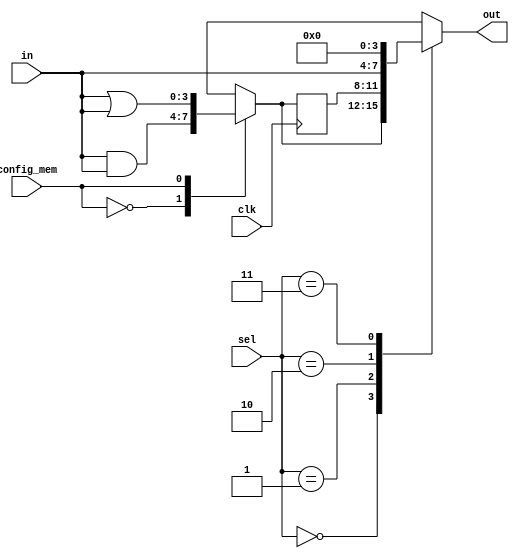
module CLB #(
    parameter WIDTH = 4 // Define the width of the input signals
)(
    input  wire [WIDTH-1:0]  in,          // Input signals
    input  wire [1:0]        sel,         // Control signal for multiplexers
    input  wire              clk,          // Clock signal (for feedback)
    input  wire              config_mem,   // Configuration memory input (for LUT)
    output wire [WIDTH-1:0]  out           // Output signals
);

// Internal signal declarations
reg [WIDTH-1:0] lut_out;                // Output from the LUT
reg [WIDTH-1:0] feedback;                // Feedback path
reg [WIDTH-1:0] mux_out;                 // Output from multiplexer

// Define a simple LUT using a programmable function
always @(*) begin
    // Example: Simple LUT configuration for a 4-input logic function
    case (config_mem)
        0: lut_out = in & in;              // AND
        1: lut_out = in | in;              // OR
        2: lut_out = ~in;                  // NOT
        3: lut_out = in ^ in;              // XOR
        // Add more configurations as needed
        default: lut_out = 0;
    endcase
end

// Feedback path
always @(posedge clk) begin
    feedback <= lut_out;                  // Store LUT output in feedback register
end

// Multiplexer to select between LUT output and feedback
always @(*) begin
    case (sel)
        2'b00: mux_out = lut_out;          // Select LUT output
        2'b01: mux_out = feedback;         // Select feedback output
        2'b10: mux_out = in;               // Select direct input
        2'b11: mux_out = 0;                // Default case
        default: mux_out = 0;
    endcase
end

// Output assignment
assign out = mux_out;                     // Connect mux output to out

endmodule